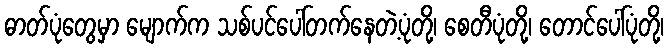
ဓာတ်ပုံတွေမှာ မျောက်က သစ်ပင်ပေါ်တက်နေတဲ့ပုံတို့၊ စေတီပုံတို့၊ တောင်ပေါ်ပုံတို့၊